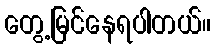
တွေ့မြင်နေရပါတယ်။